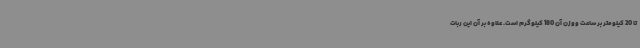
تا 20 کیلومتر بر ساعت ووزن آن 180 کیلوگرم است. علاوه بر آن این ربات